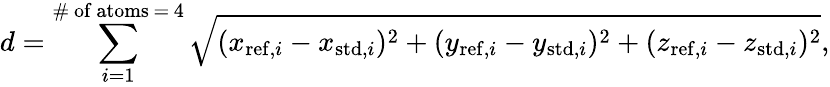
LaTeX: d=\sum_{i=1}^{\mathrm{{\# \ of\ atoms\, =\, 4}}}\sqrt{(x_{\mathrm{{ref}},i}-x_{\mathrm{{std}},i})^{2}+(y_{\mathrm{{ref}},i}-y_{\mathrm{{std}},i})^{2}+(z_{\mathrm{{ref}},i}-z_{\mathrm{{std}},i})^{2}},